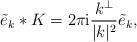
LaTeX: \begin{align*} \tilde e_k\ast K = 2\pi {\rm i} \frac{k^\perp}{|k|^2} \tilde e_k, \end{align*}